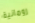
رومانية